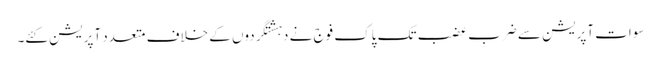
سوات آپریشن سے ضربِ عضب تک پاک فوج نے دہشتگردوں کے خلاف متعدد آپریشن کئے۔